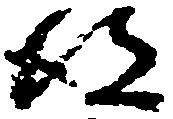
彼